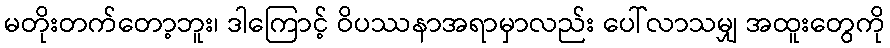
မတိုးတက်တော့ဘူး၊ ဒါကြောင့် ဝိပဿနာအရာမှာလည်း ပေါ်လာသမျှ အထူးတွေကို